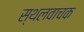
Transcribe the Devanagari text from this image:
स्थलवाचक